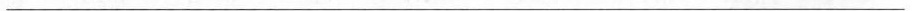
___